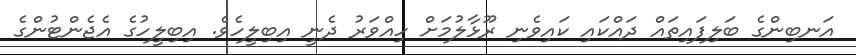
އަނބިންގެ ބަލިފައިތައް ދައްކައި ކައިވެނި ރޫޅާލުމަށް ހިއްވަރު ދެނީ އިބިލީހެވެ. އިބިލީހުގެ އެޖެންޓުންގެ